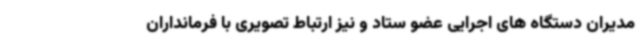
مدیران دستگاه های اجرایی عضو ستاد و نیز ارتباط تصویری با فرمانداران